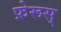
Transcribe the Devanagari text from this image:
फ़ेरूस्